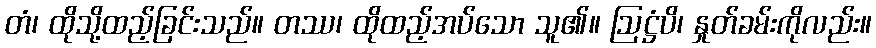
တံ၊ ထိုသို့ထည့်ခြင်းသည်။ တဿ၊ ထိုထည့်အပ်သော သူ၏။ ဩဋ္ဌံပိ၊ နှုတ်ခမ်းကိုလည်း။